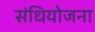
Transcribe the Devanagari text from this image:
संधियोजना